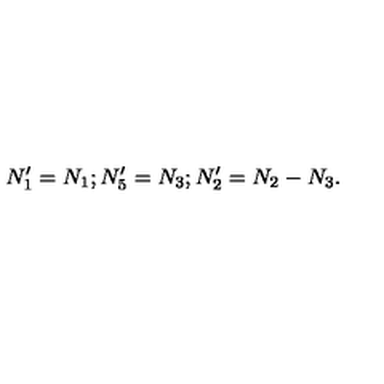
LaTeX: N _ { 1 } ^ { \prime } = N _ { 1 } ; N _ { 5 } ^ { \prime } = N _ { 3 } ; N _ { 2 } ^ { \prime } = N _ { 2 } - N _ { 3 } .